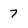
Character: 7